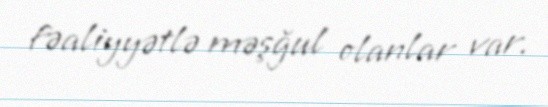
fəaliyyətlə məşğul olanlar var.